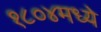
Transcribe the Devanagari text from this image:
१८०४मध्ये